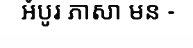
អំបូរ ភាសា មន -